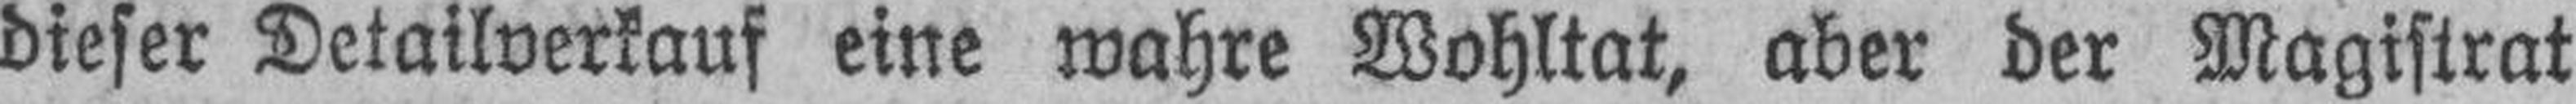
dieser Detailverkauf eine wahre Wohltat, aber der Magistrat